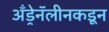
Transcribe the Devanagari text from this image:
अँड्रेनॅलीनकडून